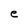
Character: e